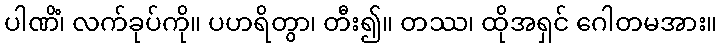
ပါဏိံ၊ လက်ခုပ်ကို။ ပဟရိတွာ၊ တီး၍။ တဿ၊ ထိုအရှင် ဂေါတမအား။